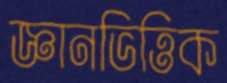
জ্ঞানভিত্তিক